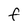
Character: f